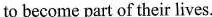
to become part of their lives.